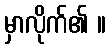
မှာလိုက်၏ ။